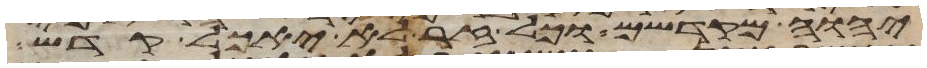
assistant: יהוה מקדשם וכל זר לא יאכל קדש